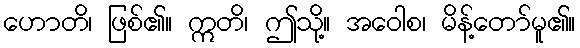
ဟောတိ၊ ဖြစ်၏။ ဣတိ၊ ဤသို့။ အဝေါစ၊ မိန့်တော်မူ၏။